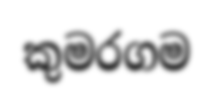
කුමරගම